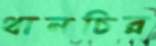
থানচির